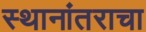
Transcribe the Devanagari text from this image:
स्थानांतराचा